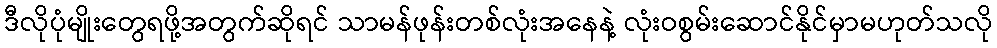
ဒီလိုပုံမျိုးတွေရဖို့အတွက်ဆိုရင် သာမန်ဖုန်းတစ်လုံးအနေနဲ့ လုံးဝစွမ်းဆောင်နိုင်မှာမဟုတ်သလို